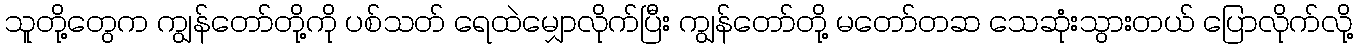
သူတို့တွေက ကျွန်တော်တို့ကို ပစ်သတ် ရေထဲမျှောလိုက်ပြီး ကျွန်တော်တို့ မတော်တဆ သေဆုံးသွားတယ် ပြောလိုက်လို့